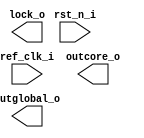
// Verilog netlist produced by program LSE 
// Netlist written on Wed Sep 23 23:40:59 2020
// Source file index table: 
// Object locations will have the form @<file_index>(<first_ line>[<left_column>],<last_line>[<right_column>])
// file 0 "/opt/lscc/radiant/2.0/ip/common/adder/rtl/lscc_adder.v"
// file 1 "/opt/lscc/radiant/2.0/ip/common/adder_subtractor/rtl/lscc_add_sub.v"
// file 2 "/opt/lscc/radiant/2.0/ip/common/complex_mult/rtl/lscc_complex_mult.v"
// file 3 "/opt/lscc/radiant/2.0/ip/common/counter/rtl/lscc_cntr.v"
// file 4 "/opt/lscc/radiant/2.0/ip/common/fifo/rtl/lscc_fifo.v"
// file 5 "/opt/lscc/radiant/2.0/ip/common/fifo_dc/rtl/lscc_fifo_dc.v"
// file 6 "/opt/lscc/radiant/2.0/ip/common/mult_accumulate/rtl/lscc_mult_accumulate.v"
// file 7 "/opt/lscc/radiant/2.0/ip/common/mult_add_sub/rtl/lscc_mult_add_sub.v"
// file 8 "/opt/lscc/radiant/2.0/ip/common/mult_add_sub_sum/rtl/lscc_mult_add_sub_sum.v"
// file 9 "/opt/lscc/radiant/2.0/ip/common/multiplier/rtl/lscc_multiplier.v"
// file 10 "/opt/lscc/radiant/2.0/ip/common/ram_dp/rtl/lscc_ram_dp.v"
// file 11 "/opt/lscc/radiant/2.0/ip/common/ram_dq/rtl/lscc_ram_dq.v"
// file 12 "/opt/lscc/radiant/2.0/ip/common/rom/rtl/lscc_rom.v"
// file 13 "/opt/lscc/radiant/2.0/ip/common/subtractor/rtl/lscc_subtractor.v"
// file 14 "/opt/lscc/radiant/2.0/ip/pmi/pmi_add.v"
// file 15 "/opt/lscc/radiant/2.0/ip/pmi/pmi_addsub.v"
// file 16 "/opt/lscc/radiant/2.0/ip/pmi/pmi_complex_mult.v"
// file 17 "/opt/lscc/radiant/2.0/ip/pmi/pmi_counter.v"
// file 18 "/opt/lscc/radiant/2.0/ip/pmi/pmi_dsp.v"
// file 19 "/opt/lscc/radiant/2.0/ip/pmi/pmi_fifo.v"
// file 20 "/opt/lscc/radiant/2.0/ip/pmi/pmi_fifo_dc.v"
// file 21 "/opt/lscc/radiant/2.0/ip/pmi/pmi_mac.v"
// file 22 "/opt/lscc/radiant/2.0/ip/pmi/pmi_mult.v"
// file 23 "/opt/lscc/radiant/2.0/ip/pmi/pmi_multaddsub.v"
// file 24 "/opt/lscc/radiant/2.0/ip/pmi/pmi_multaddsubsum.v"
// file 25 "/opt/lscc/radiant/2.0/ip/pmi/pmi_ram_dp.v"
// file 26 "/opt/lscc/radiant/2.0/ip/pmi/pmi_ram_dp_be.v"
// file 27 "/opt/lscc/radiant/2.0/ip/pmi/pmi_ram_dq.v"
// file 28 "/opt/lscc/radiant/2.0/ip/pmi/pmi_ram_dq_be.v"
// file 29 "/opt/lscc/radiant/2.0/ip/pmi/pmi_rom.v"
// file 30 "/opt/lscc/radiant/2.0/ip/pmi/pmi_sub.v"
// file 31 "/opt/lscc/radiant/2.0/cae_library/simulation/verilog/iCE40UP/CCU2_B.v"
// file 32 "/opt/lscc/radiant/2.0/cae_library/simulation/verilog/iCE40UP/FD1P3BZ.v"
// file 33 "/opt/lscc/radiant/2.0/cae_library/simulation/verilog/iCE40UP/FD1P3DZ.v"
// file 34 "/opt/lscc/radiant/2.0/cae_library/simulation/verilog/iCE40UP/FD1P3IZ.v"
// file 35 "/opt/lscc/radiant/2.0/cae_library/simulation/verilog/iCE40UP/FD1P3JZ.v"
// file 36 "/opt/lscc/radiant/2.0/cae_library/simulation/verilog/iCE40UP/HSOSC.v"
// file 37 "/opt/lscc/radiant/2.0/cae_library/simulation/verilog/iCE40UP/HSOSC1P8V.v"
// file 38 "/opt/lscc/radiant/2.0/cae_library/simulation/verilog/iCE40UP/IB.v"
// file 39 "/opt/lscc/radiant/2.0/cae_library/simulation/verilog/iCE40UP/IFD1P3AZ.v"
// file 40 "/opt/lscc/radiant/2.0/cae_library/simulation/verilog/iCE40UP/LSOSC.v"
// file 41 "/opt/lscc/radiant/2.0/cae_library/simulation/verilog/iCE40UP/LSOSC1P8V.v"
// file 42 "/opt/lscc/radiant/2.0/cae_library/simulation/verilog/iCE40UP/OB.v"
// file 43 "/opt/lscc/radiant/2.0/cae_library/simulation/verilog/iCE40UP/OBZ_B.v"
// file 44 "/opt/lscc/radiant/2.0/cae_library/simulation/verilog/iCE40UP/OFD1P3AZ.v"
// file 45 "/opt/lscc/radiant/2.0/cae_library/simulation/verilog/iCE40UP/PDP4K.v"
// file 46 "/opt/lscc/radiant/2.0/cae_library/simulation/verilog/iCE40UP/RGB.v"
// file 47 "/opt/lscc/radiant/2.0/cae_library/simulation/verilog/iCE40UP/RGB1P8V.v"
// file 48 "/opt/lscc/radiant/2.0/cae_library/simulation/verilog/iCE40UP/SP256K.v"
// file 49 "/opt/lscc/radiant/2.0/cae_library/simulation/verilog/iCE40UP/legacy.v"

//
// Verilog Description of module pll_adc
//

module pll_adc (ref_clk_i, rst_n_i, lock_o, outcore_o, outglobal_o);
    input ref_clk_i;
    input rst_n_i;
    output lock_o;
    output outcore_o;
    output outglobal_o;
    
    
    
endmodule